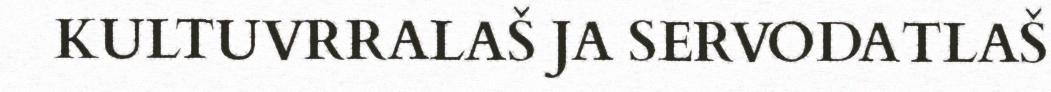
KULTUVRRALAŠ JA SERVODATLAŠ